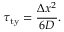
\tau _ { \mathrm { { t y } } } = { \frac { \Delta x ^ { 2 } } { 6 D } } .